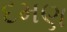
દમણ